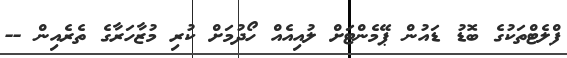
ފްލެޓްތަކުގެ ބޮޑު ޑައުން ޕޭމެންޓަށް ލުއިއެއް ހޯދުމަށް ކުރި މުޒާހަރާގެ ތެރެއިން --